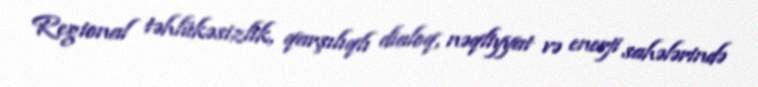
Regional təhlükəsizlik, qarşılıqlı dialoq, nəqliyyat və enerji sahələrində